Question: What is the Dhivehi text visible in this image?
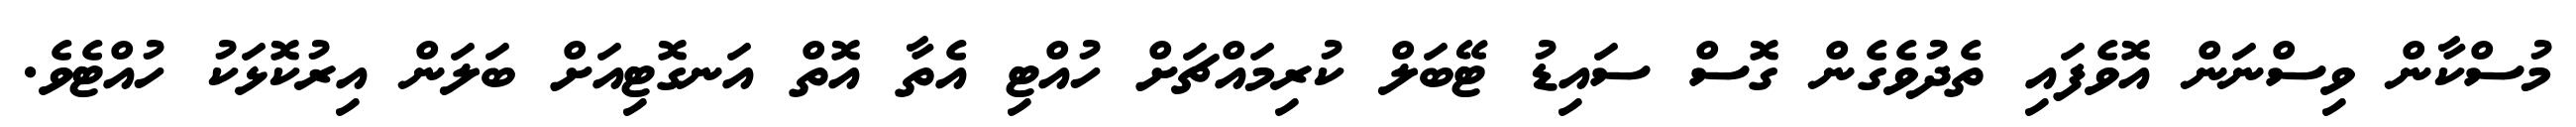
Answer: މުސްކާން ވިސްނަން އޮވެފައި ތެދުވެގެން ގޮސް ސައިޑު ޓޭބަލް ކުރިމައްޗަށް ހުއްޓި އެތާ އޮތް އަނގޮޓިއަށް ބަލަން އިރުކޮޅަކު ހުއްޓެވެ.